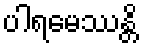
ပါရမေဿန္တိ